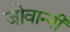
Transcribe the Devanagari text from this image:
जोवान्नी